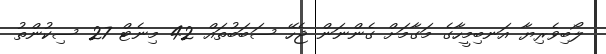
ލޯބިވެރިޔާ އަނބިމީހާގެ މަގާމަށް ގެންނަން ޖެހޭ ސަބަބުތައް 42 މިނެޓް 27 ސިކުންތު